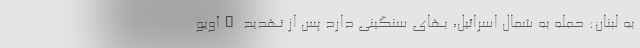
به لبنان: حمله به شمال اسرائیل، بهای سنگینی دارد پس از تهدید "آویو